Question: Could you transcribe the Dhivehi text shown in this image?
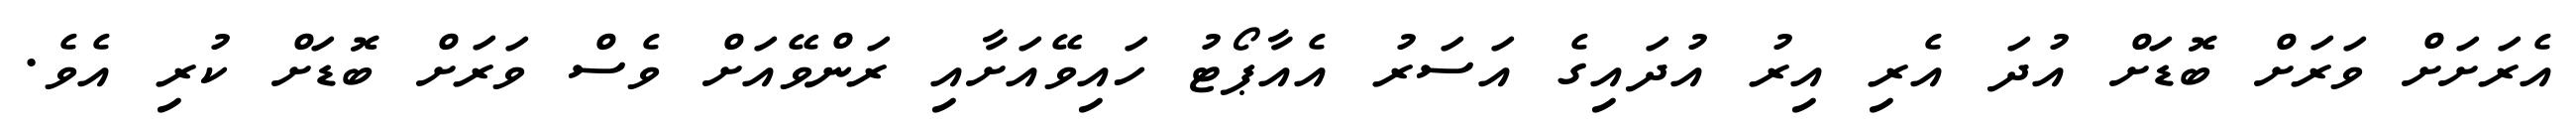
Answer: އެރަށަށް ވަރަށް ބޮޑަށް އުދަ އެރި އިރު އުދައިގެ އަސަރު އެއާޕޯޓު ހައިވޭއަށާއި ރަންވޭއަށް ވެސް ވަރަށް ބޮޑަށް ކުރި އެވެ.